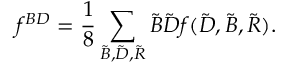
f ^ { { \cal { B } } { \cal { D } } } = \frac { 1 } { 8 } \sum _ { \tilde { \cal B } , \tilde { \cal D } , \tilde { \cal R } } { \cal \tilde { B } } { \cal \tilde { D } } f ( { \cal \tilde { D } } , { \cal \tilde { B } } , { \cal \tilde { R } } ) .